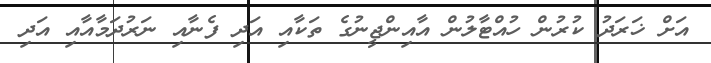
އަށް ޚަރަދު ކުރުން ހުއްޓާލުން އާއިންޖީނުގެ ތަކާއި އަދި ފެނާއި ނަރުދަމާއާއި އަދި